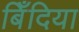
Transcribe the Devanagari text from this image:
बिँदिया